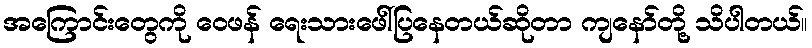
အကြောင်းတွေကို ဝေဖန် ရေးသားဖေါ်ပြနေတယ်ဆိုတာ ကျနော်တို့ သိပါတယ်။